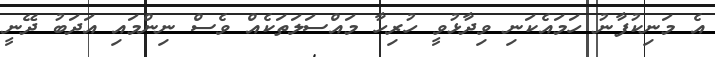
އެ މަނިކުފާނު ހަމައެކަނި ވިދާޅުވީ ހުރިހާ މައްސަލަތަކެއް ވެސް ނިންމައި އަދަބު ދޭނީ